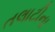
તલાટીના